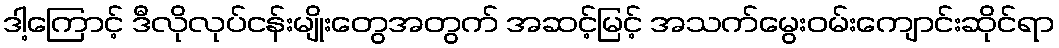
ဒါ့ကြောင့် ဒီလိုလုပ်ငန်းမျိုးတွေအတွက် အဆင့်မြင့် အသက်မွေးဝမ်းကျောင်းဆိုင်ရာ